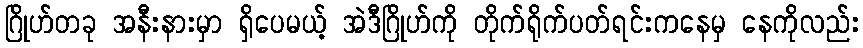
ဂြိုဟ်တခု အနီးနားမှာ ရှိပေမယ့် အဲဒီဂြိုဟ်ကို တိုက်ရိုက်ပတ်ရင်းကနေမှ နေကိုလည်း